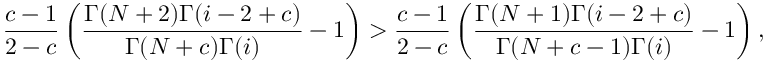
\frac { c - 1 } { 2 - c } \left( \frac { \Gamma ( N + 2 ) \Gamma ( i - 2 + c ) } { \Gamma ( N + c ) \Gamma ( i ) } - 1 \right) > \frac { c - 1 } { 2 - c } \left( \frac { \Gamma ( N + 1 ) \Gamma ( i - 2 + c ) } { \Gamma ( N + c - 1 ) \Gamma ( i ) } - 1 \right) ,